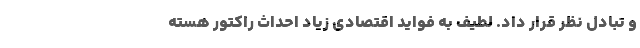
و تبادل نظر قرار داد. لطیف به فواید اقتصادی زیاد احداث راکتور هسته